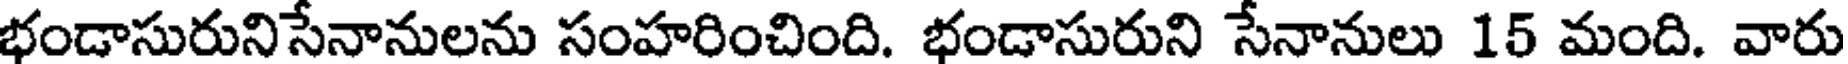
భండాసురునిసేనానులను సంహరించింది. భండాసురుని సేనానులు 15 మంది. వారు